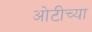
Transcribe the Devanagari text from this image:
ओटीच्या